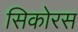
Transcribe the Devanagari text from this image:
सिकोरस